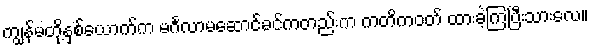
ကျွန်မတို့နှစ်ယောက်က မင်္ဂလာမဆောင်ခင်ကတည်းက ကတိကဝတ် ထားခဲ့ကြပြီးသားလေ။